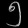
Digit: ၅